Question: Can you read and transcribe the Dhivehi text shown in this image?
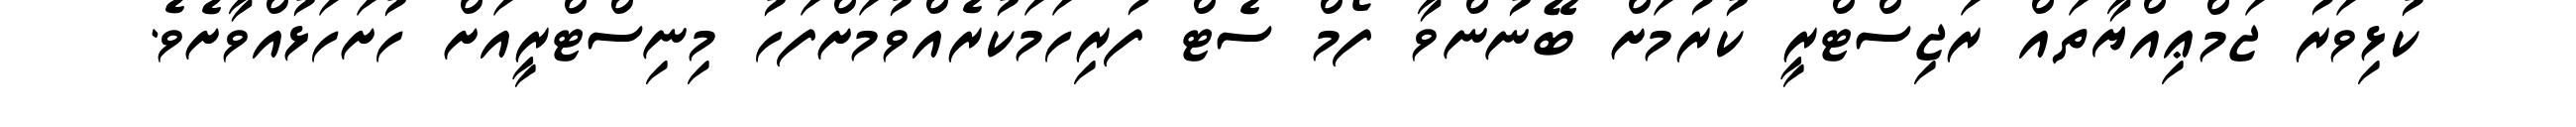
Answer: ކުޅިވަރު ޖަމްޢިއްޔާތައް ރަޖިސްޓްރީ ކުރުމަށް ބޭނުންވާ ފޯމް ސެޓް ފުރިހަމަކުރެއްވުމަށްފަހު މިނިސްޓްރީއަށް ހުށަހަޅުއްވާށެވެ.